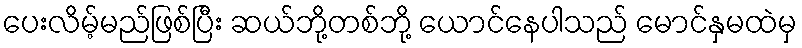
ပေးလိမ့်မည်ဖြစ်ပြီး ဆယ်ဘို့တစ်ဘို့ ယောင်နေပါသည် မောင်နှမထဲမှ